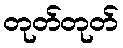
တုတ်တုတ်